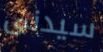
سيدنى